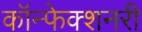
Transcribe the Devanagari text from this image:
कॉन्फेक्शनरी